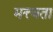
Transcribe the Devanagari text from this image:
मत्त्वता